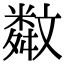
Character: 𣁣